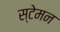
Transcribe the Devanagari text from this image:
स्टेमन